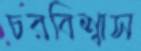
চরবিশ্বাস